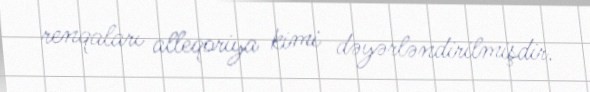
renqaları alleqoriya kimi dəyərləndirilmişdir.